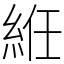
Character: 絍